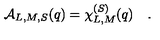
{ \cal A } _ { L , M , S } ( q ) = \chi _ { L , M } ^ { ( S ) } ( q ) \quad .